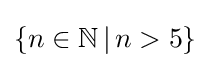
\{n\in \mathbb {N} \,|\,n>5\}